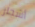
أشجار